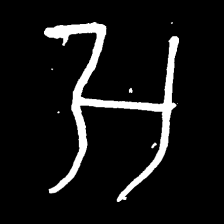
Pyu character \u2014 Myanmar letter: အ (romanized: a)